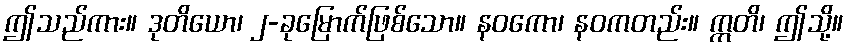
ဤသည်ကား။ ဒုတိယော၊ ၂-ခုမြောက်ဖြစ်သော။ နဝကော၊ နဝကတည်း။ ဣတိ၊ ဤသို့။